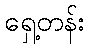
ရှေ့တန်း